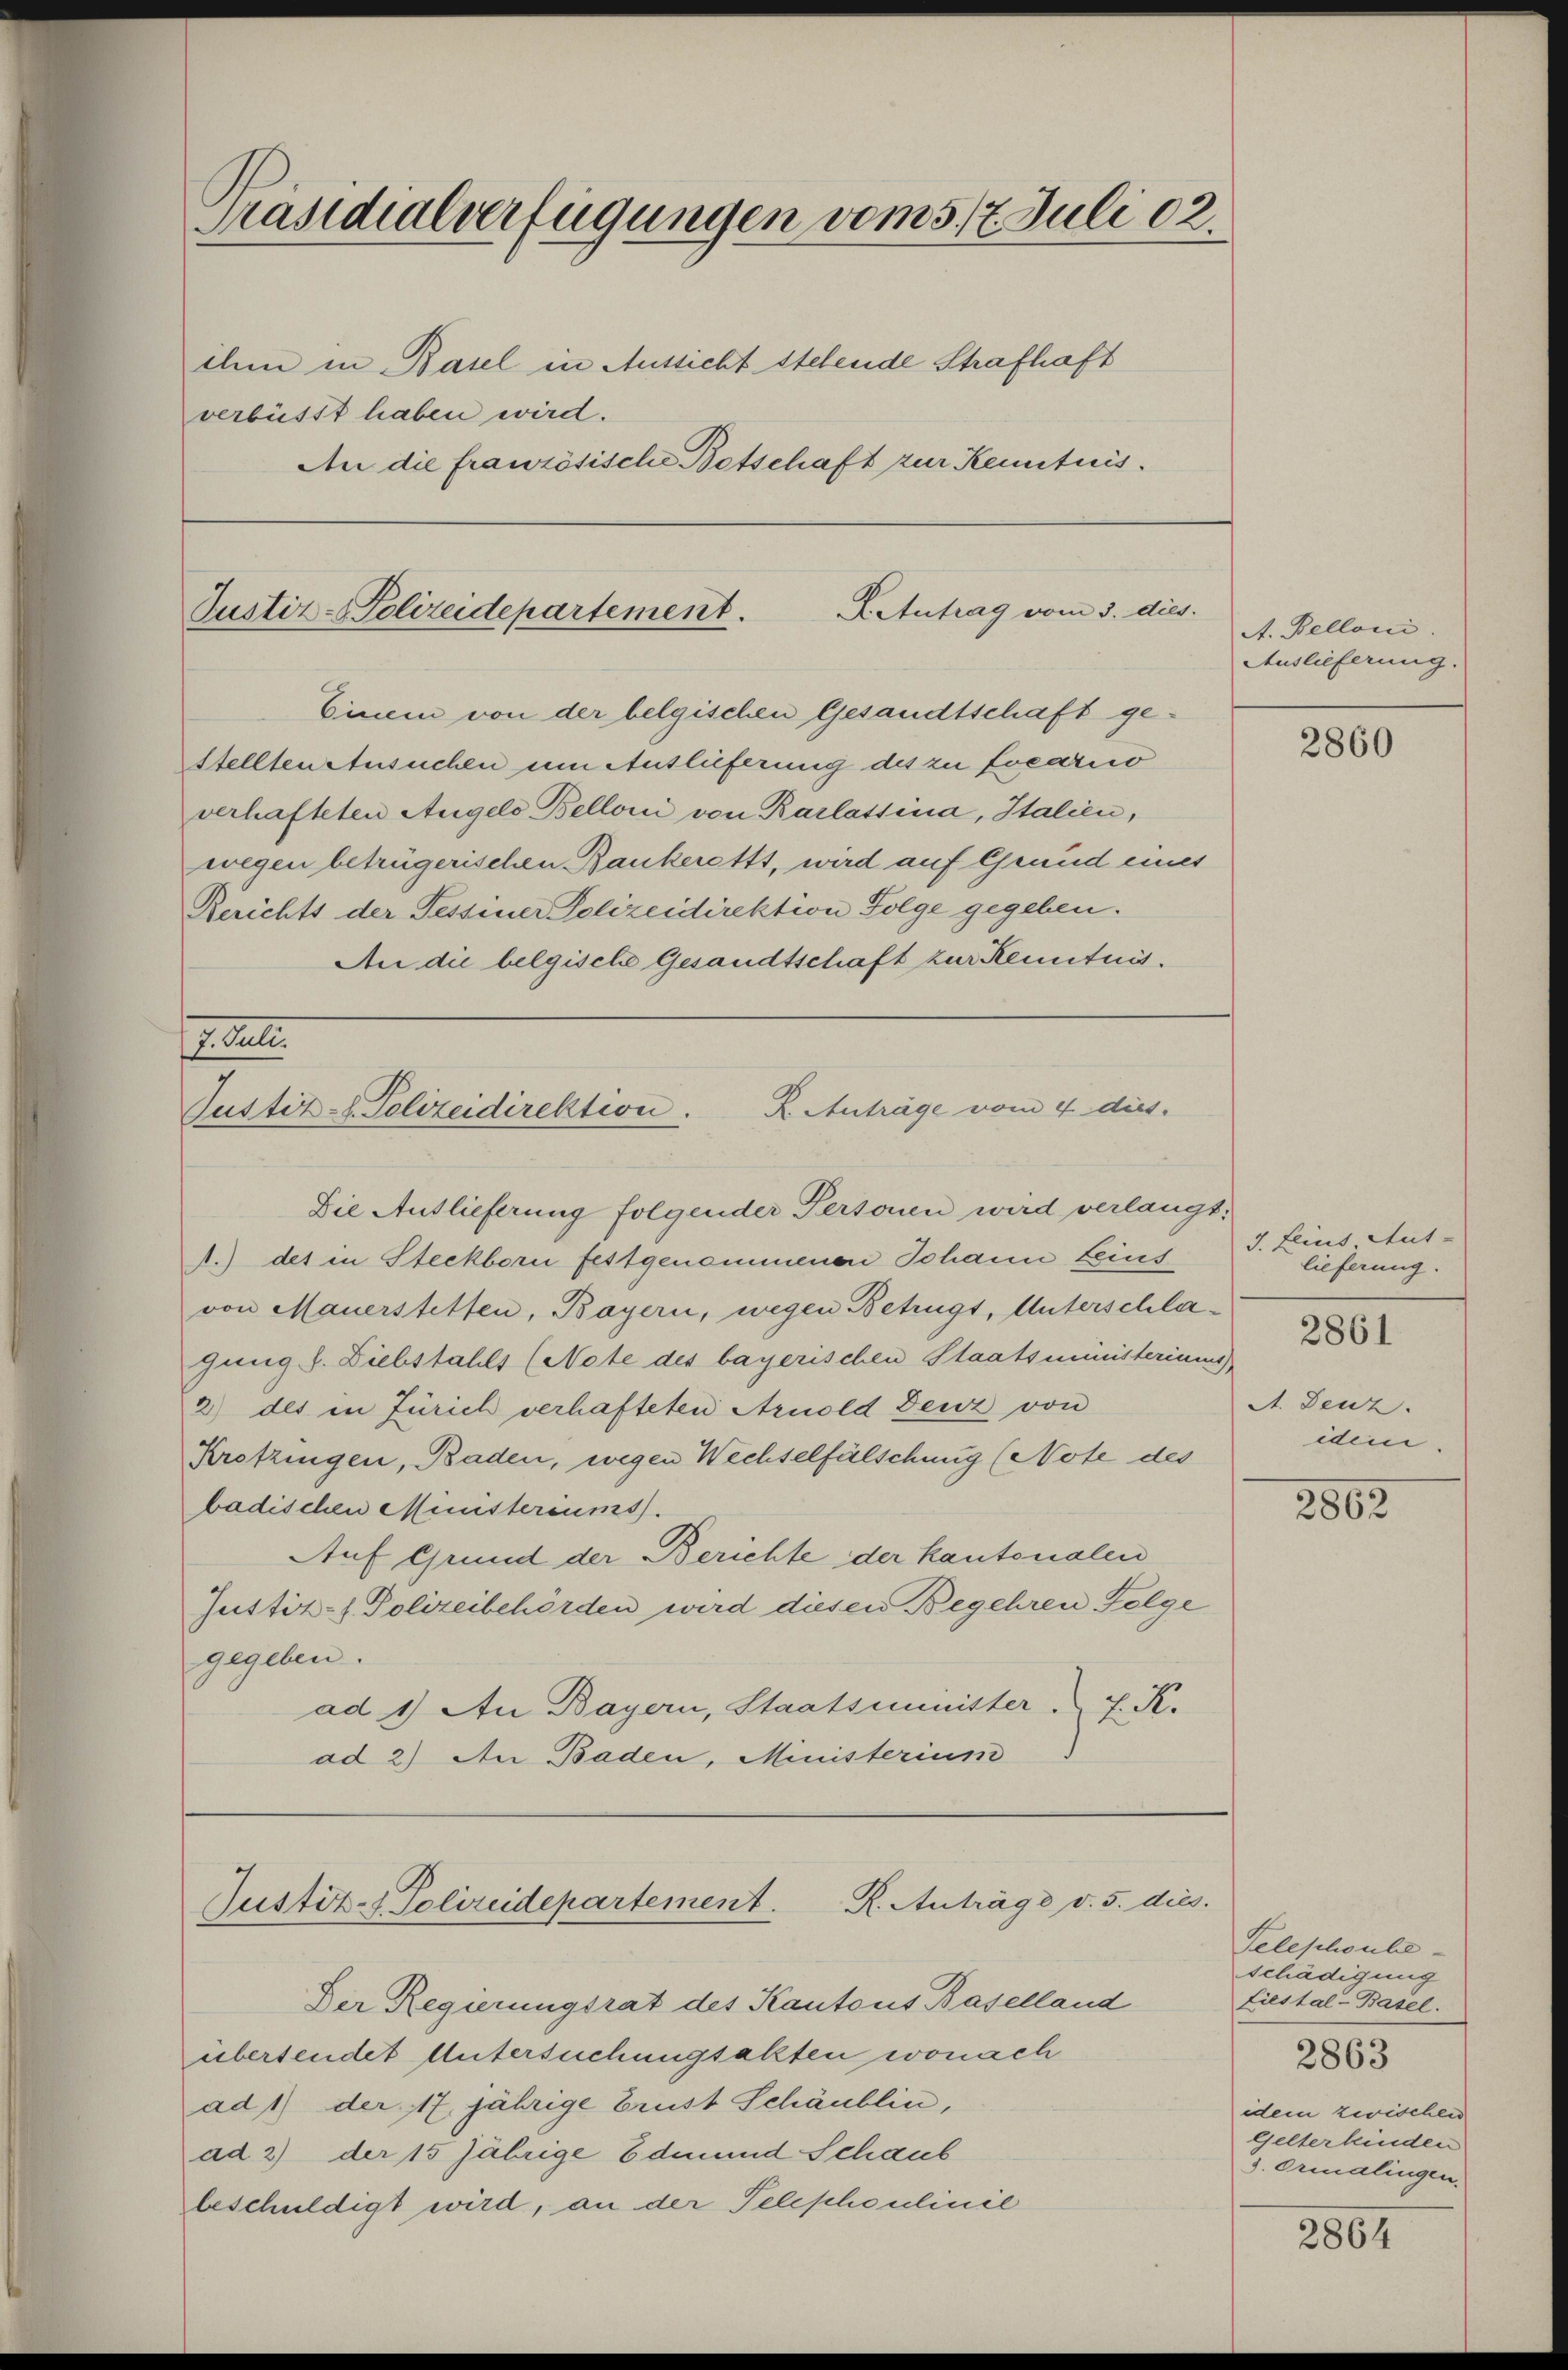
Präsidialverfügungen vom 5. 17. Juli 12.
ihm in Basel in Aussicht stehende Strafhaft
verbüsst haben wird.
An die französische Botschaft zur Kenntnis.

LAntrag vom 3. dies.
Justiz-Polizeidepartement.
Einem von der belgischen Gesandtschaft ge¬

stellten Ansuchen um Auslieferung des zu Locarico
verhafteten Angels Belloni von Karlassina, Italien,
wegen betrügerschen Bankeretts, wird auf Grund eines
Rerichts der Tessiner Polizeidirektion Folge gegeben.
An die belgische Gesandtschaft zur Kenntnis.

Etat
R. Anträge vom 4 dies.
Justiz-C. Polizeidirektion.
Die Auslieferung folgender Personen wird verlangt,
A.) des in Steckborn festgenommenen Johann teins

von Mauerstetten, Bayern, wegen Betrügt, Unterschlagung d. Diebstahls (Note des bayerischen Staatsministerium)
2) des in Zürich verhafteten Arnold Denz von
Krotzingen, Baden, wegen Wechselfälschung (Note des
badischen Münsteriums.
Auf Grund der Berichte der kantonalen
Justiz- & Polizeibehörden wird diesen Begehren Folge
gegeben.
ad 1.) An Bayern, Staatsminister J. K.
ad 2) An Baden, Ministerium

Justiz- & Polizeidepartement. K. Anträge v. 5. dies

Der Regierungsrat des Kantons Baselland
übersendet Untersuchungsakten wonach
ad1) der 17 jährige Brust Schäublin,
ad 2) der 15 jährige Edmund Schaub
beschuldigt wird, an der Telephoulinie

A. Belloni.
Auslieferung.

J. Leius, Aut-
lieferung.
A. Denz.
idem.

2860

2861

2862

Telephonbeschädigung
Liestal-Basel.
2863
idem zwischen
Gelterkinden
3. Ormalingen.

2864